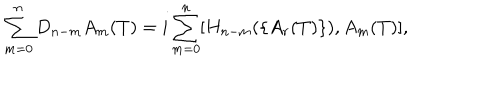
\sum _ { m = 0 } ^ { n } D _ { n - m } A _ { m } ( T ) = i \sum _ { m = 0 } ^ { n } [ H _ { n - m } ( \{ A _ { r } ( T ) \} ) , A _ { m } ( T ) ] ,